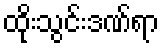
ထိုးသွင်းဒဏ်ရာ